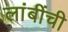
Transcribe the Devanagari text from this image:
लांबींची